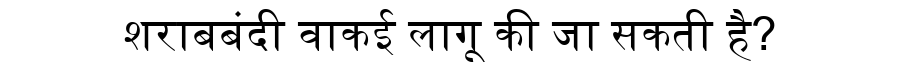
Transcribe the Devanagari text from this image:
शराबबंदी वाकई लागू की जा सकती है?